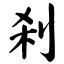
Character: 刹